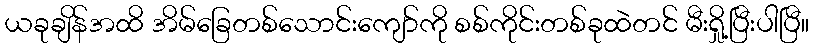
ယခုချိန်အထိ အိမ်ခြေတစ်သောင်းကျော်ကို စစ်ကိုင်းတစ်ခုထဲတင် မီးရှို့ပြီးပါပြီ။